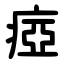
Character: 瘂